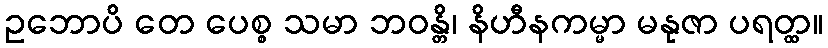
ဥဘောပိ တေ ပေစ္စ သမာ ဘဝန္တိ၊ နိဟီနကမ္မာ မနုဇာ ပရတ္ထ။